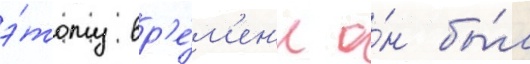
э́тому вр'е́м'ен'и о́н бы́л